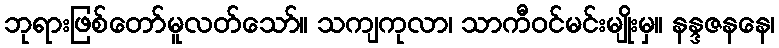
ဘုရားဖြစ်တော်မူလတ်သော်။ သကျကုလာ၊ သာကီဝင်မင်းမျိုးမှ။ နန္ဒဇနနေ၊